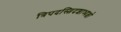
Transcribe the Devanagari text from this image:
त्रिपदस्त्रिदशाध्यक्षो